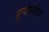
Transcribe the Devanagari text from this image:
बुन्देस्लीगा